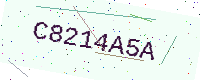
Text: C8214A5A